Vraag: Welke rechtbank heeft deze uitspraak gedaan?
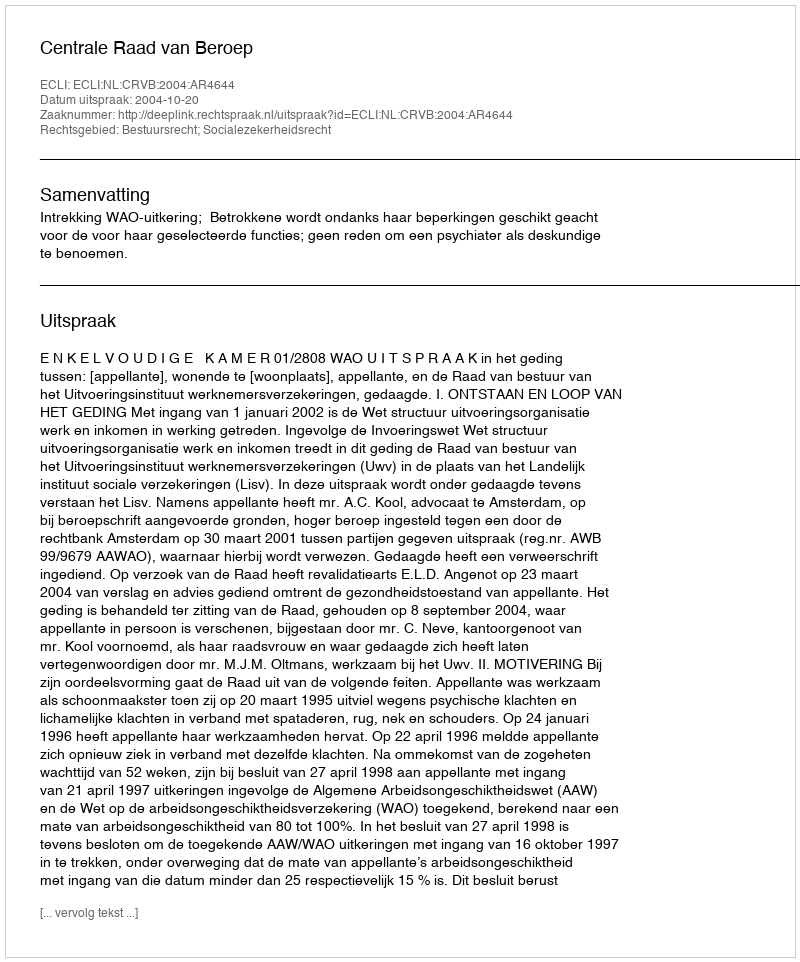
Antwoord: Centrale Raad van Beroep